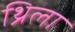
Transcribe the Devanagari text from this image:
थ्रिला